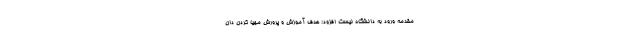
مقدمه ورود به دانشگاه نیست افزود: هدف آموزش و پرورش مهیا کردن دان